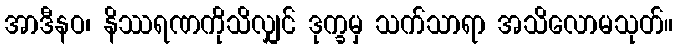
အာဒီနဝ၊ နိဿရဏကိုသိလျှင် ဒုက္ခမှ သက်သာရာ အသိလောမသုတ်။